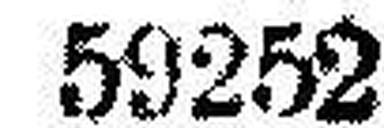
59252